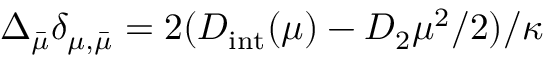
\Delta _ { \bar { \mu } } \delta _ { \mu , \bar { \mu } } = 2 ( D _ { \mathrm { i n t } } ( \mu ) - D _ { 2 } \mu ^ { 2 } / 2 ) / \kappa